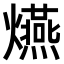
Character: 𤒈